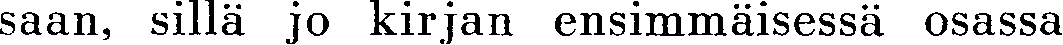
saan, sillä jo kirjan ensimmäisessä osassa